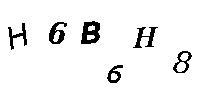
H6B6H8